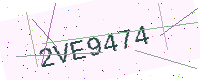
Text: 2VE9474